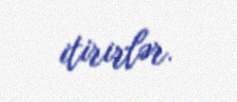
itirirlər.